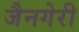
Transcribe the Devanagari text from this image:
जैनगेरी